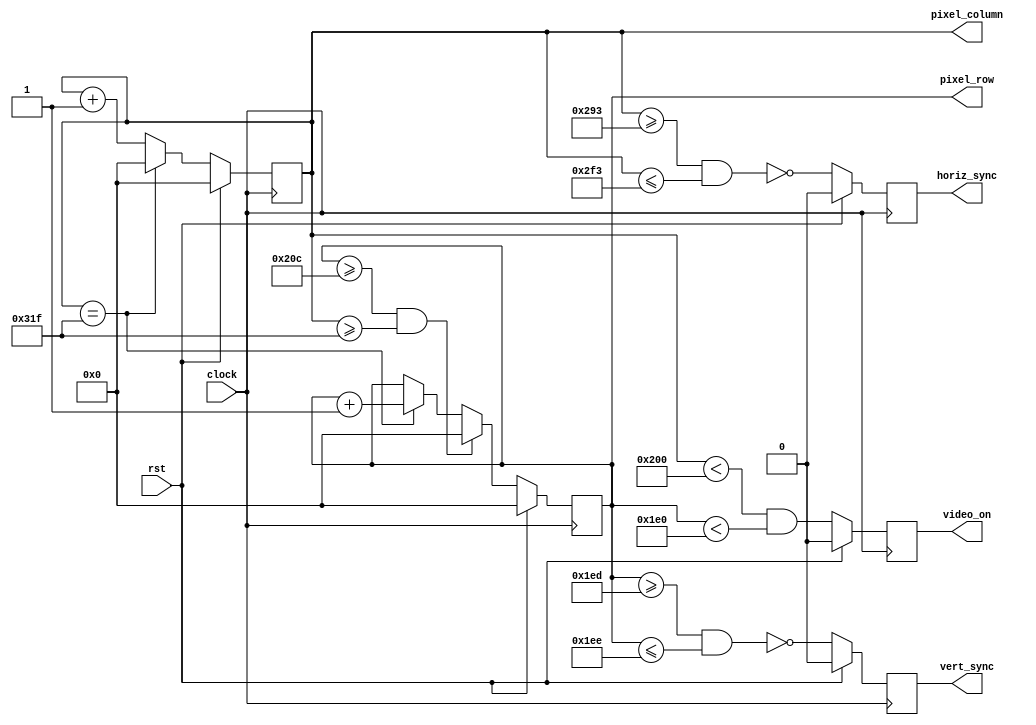
//	dtg.v - Horizontal & Vertical Display Timing & Sync generator for VGA display
//
//	Version:		2.0	
//	
//	 Revision History
//	 ----------------
//	 02-Feb-06		JDL	Added video_on output; simplified counter logic
//	 25-Oct-12		Modified for kcpsm6 and Nexys3
//
//	Description:
//	------------
//	 This circuit provides pixel location and horizontal and 
//	 vertical sync for a 640 x 480 video image. 
//	
//	 Inputs:
//			clock           - 25MHz Clock
//			rst             - Active-high synchronous reset
//	 Outputs:
//			horiz_sync_out	- Horizontal sync signal to display
//			vert_sync_out	- Vertical sync signal to display
//			Pixel_row		- (10 bits) current pixel row address
//			Pixel_column	- (10 bits) current pixel column address
//			video_on        - 1 = in active video area; 0 = blanking;
//			
//////////

module dtg(
	input				clock, rst,
	output	reg			horiz_sync, vert_sync, video_on,		
	output	reg	[9:0]	pixel_row, pixel_column
);

// Timing parameters (for 25MHz pixel clock and 640 x 480 display)
// We are only using 512 of the 640 columns so change HORIZ_PIXELS
// to get rid of the screen duplication
parameter
		HORIZ_PIXELS = 512,  HCNT_MAX  = 799, HCNT_END = 699, 		
		HSYNC_START  = 659,  HSYNC_END = 755,

		VERT_PIXELS  = 480,  VCNT_MAX  = 524,
		VSYNC_START  = 493,  VSYNC_END = 494;
			
// generate video signals and pixel counts
always @(posedge clock) begin
	if (rst) begin
		pixel_column <= 0;
		pixel_row    <= 0;
		horiz_sync   <= 0;
		vert_sync    <= 0;
		video_on     <= 0;
	end
	else begin
		// increment horizontal sync counter.  Wrap if at end of row
		if (pixel_column == HCNT_MAX)	
			pixel_column <= 10'd0;
		else	
			pixel_column <= pixel_column + 10'd1;
			
		// increment vertical sync ounter.  Wrap if at end of display.  Increment if end of row
		if ((pixel_row >= VCNT_MAX) && (pixel_column >= HCNT_MAX))
			pixel_row <= 10'd0;
		else if (pixel_column == HCNT_MAX)
			pixel_row <= pixel_row + 10'd1;
						
		// generate active-low horizontal sync pulse
		horiz_sync <=  ~((pixel_column >= HSYNC_START) && (pixel_column <= HSYNC_END));
			
		// generate active-low vertical sync pulse
		vert_sync <= ~((pixel_row >= VSYNC_START) && (pixel_row <= VSYNC_END));
			
		// generate the video_on signals and the pixel counts
		video_on <= ((pixel_column < HORIZ_PIXELS) && (pixel_row < VERT_PIXELS));
	end
end // always
	
endmodule